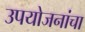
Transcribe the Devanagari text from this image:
उपयोजनांचा